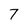
Character: 7